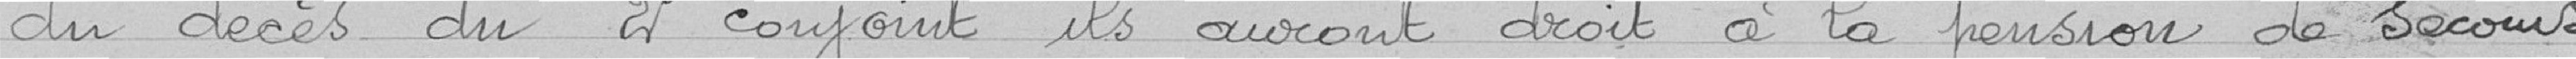
du décès du 2° conjoint ils auront à la pension de secours